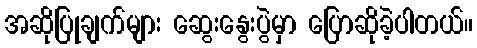
အဆိုပြုချက်များ ဆွေးနွေးပွဲမှာ ပြောဆိုခဲ့ပါတယ်။